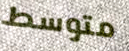
متوسط